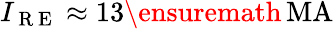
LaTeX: I_{\mathrm{~R~E~}}\approx 13\ensuremath{\, \mathrm{MA}}